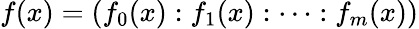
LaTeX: f(x)=(f_{0}(x):f_{1}(x):\dots:f_{m}(x))